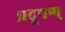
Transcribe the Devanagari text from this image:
प्रदूषण्